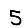
Digit: 5